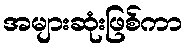
အများဆုံးဖြစ်ကာ